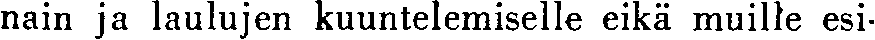
nain ja laulujen kuuntelemiselle eikä muille esi-